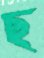
ছ